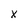
Character: x